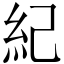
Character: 紀